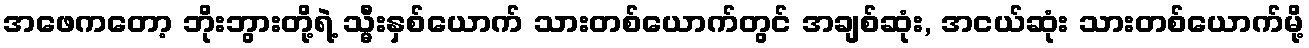
အဖေကတော့ ဘိုးဘွားတို့ရဲ့ သ္မီးနှစ်ယောက် သားတစ်ယောက်တွင် အချစ်ဆုံး, အငယ်ဆုံး သားတစ်ယောက်မို့